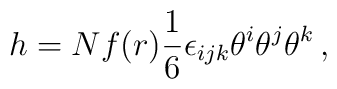
h = N f(r) \frac{1}{6} \epsilon_{ijk} \theta^i \theta^j \theta^k\,,